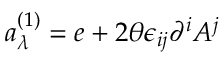
a _ { \lambda } ^ { ( 1 ) } = e + 2 \theta \epsilon _ { i j } \partial ^ { i } A ^ { j }